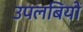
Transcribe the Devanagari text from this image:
उपलबियों